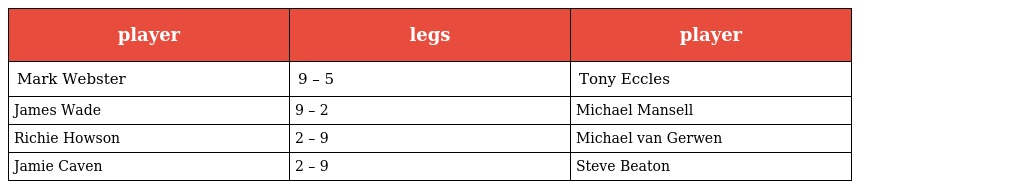
| player | legs | player |
 | --- | --- | --- |
 | Mark Webster | 9 – 5 | Tony Eccles |
 | James Wade | 9 – 2 | Michael Mansell |
 | Richie Howson | 2 – 9 | Michael van Gerwen |
 | Jamie Caven | 2 – 9 | Steve Beaton |